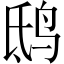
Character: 鸱